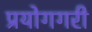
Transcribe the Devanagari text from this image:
प्रयोगगरी